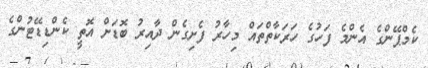
ކެމްޕޭންގެ އެންމެ ފަހުގެ ހަރަކާތްތައް މިހާރު ފެށިގެން ދާއިރު ބޮޑަށް އޮތީ ކެންޑިޑޭޓުންގެ